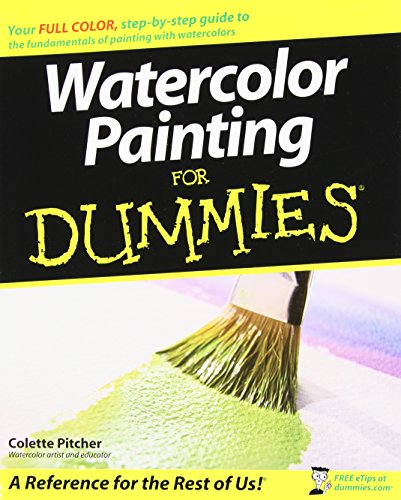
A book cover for Watercolor Painting For Dummies; Colette Pitcher; Arts & Photography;